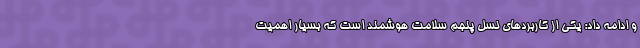
و ادامه داد: یکی از کاربردهای نسل پنجم سلامت هوشمند است که بسیار اهمیت